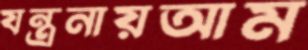
যন্ত্রনায়আম